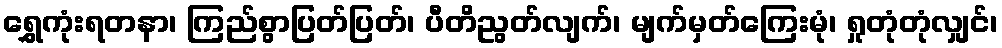
ရွှေကုံးရတနာ၊ ကြည်စွာပြတ်ပြတ်၊ ပီတိညွတ်လျက်၊ မျက်မှတ်ကြေးမုံ၊ ရှုတုံတုံလျှင်၊